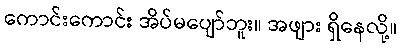
ကောင်းကောင်း အိပ်မပျော်ဘူး။ အဖျား ရှိနေလို့။